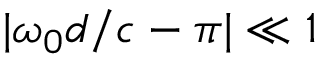
| \omega _ { 0 } d / c - \pi | \ll 1